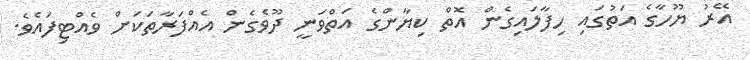
އޭރު ޔޫހާގެ އަތުގައި ހިފާލައިގެން އޮތް ކިޔާންގެ އަތްވަނީ ދޫވެގެން އެއްފަރާތަކަށް ވެއްޓިފައެވެ.